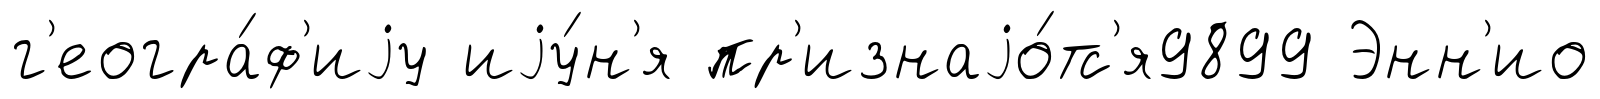
г'еогра́ф'иjу иjу́н'я пр'изнаjо́тс'я9899 Энн'ио